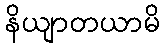
နိယျာတယာမိ